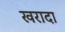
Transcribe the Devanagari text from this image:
खरादा